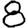
Digit: 8